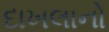
દાખલાનો